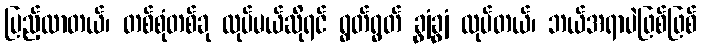
ပြည့်လာတယ်၊ တစ်စုံတစ်ခု လုပ်မယ်ဆိုရင် ရွတ်ရွတ် ချွံချွံ လုပ်တယ်၊ ဘယ်အရာပဲဖြစ်ဖြစ်